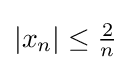
|x_{n}|\leq {\tfrac {2}{n}}